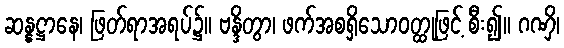
ဆန္နဋ္ဌာနေ၊ ဖြတ်ရာအရပ်၌။ ဗန္ဒိတွာ၊ ဖက်အစရှိသောဝတ္ထုဖြင့် စီး၍။ ဂဏှိ၊